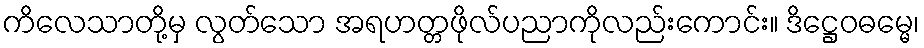
ကိလေသာတို့မှ လွတ်သော အရဟတ္တဖိုလ်ပညာကိုလည်းကောင်း။ ဒိဋ္ဌေဝဓမ္မေ၊